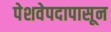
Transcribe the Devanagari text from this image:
पेशवेपदापासून